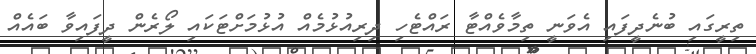
ތިރީގައި ބުނެދީފައި އެވަނީ ތިމާވެއްޓާ ރައްޓެހި ދިރިއުޅުމެއް އުޅުމަށްޓަކައި ލޯރެން ދީފައިވާ ބައެއް